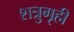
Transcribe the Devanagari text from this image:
शत्रुगृही